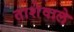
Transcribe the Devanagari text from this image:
ताशेवाले